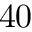
4 0